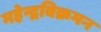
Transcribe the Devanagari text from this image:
महेन्द्रविक्रमन